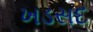
ખડસદ